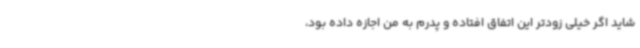
شاید اگر خیلی زودتر این اتفاق افتاده و پدرم به من اجازه داده بود،